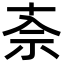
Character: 𫀂